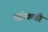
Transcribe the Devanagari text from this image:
स्ट्रोकची